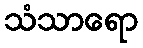
သံသာရော